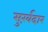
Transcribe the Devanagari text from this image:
सुर्ख़दार